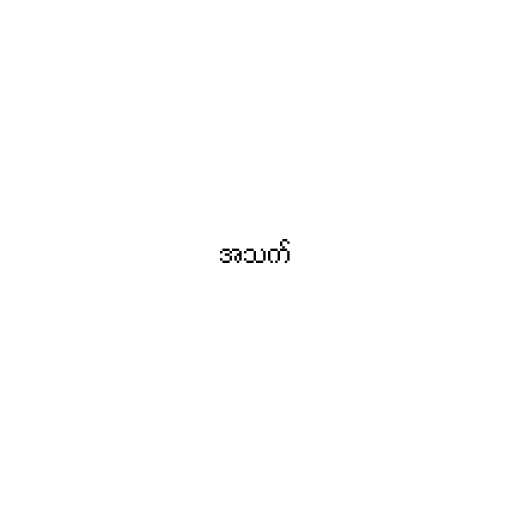
အသက်